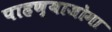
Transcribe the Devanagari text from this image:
पाहण्याजोगा